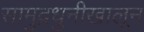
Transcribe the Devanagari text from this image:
सामुद्रधुनीखालून